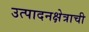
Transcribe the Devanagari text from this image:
उत्पादनक्षेत्राची